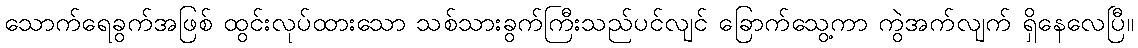
သောက်ရေခွက်အဖြစ် ထွင်းလုပ်ထားသော သစ်သားခွက်ကြီးသည်ပင်လျင် ခြောက်သွေ့ကာ ကွဲအက်လျက် ရှိနေလေပြီ။